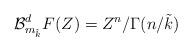
LaTeX: \begin{align*}\mathcal{B}_{m_{\tilde{k}}}^{d}F(Z) = Z^{n}/\Gamma(n/\tilde{k}) \end{align*}